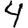
Digit: 4